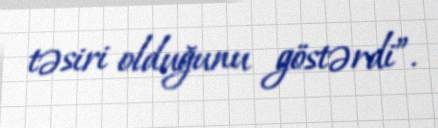
təsiri olduğunu göstərdi”.